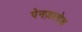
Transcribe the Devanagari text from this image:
पेनज़रश्रेक